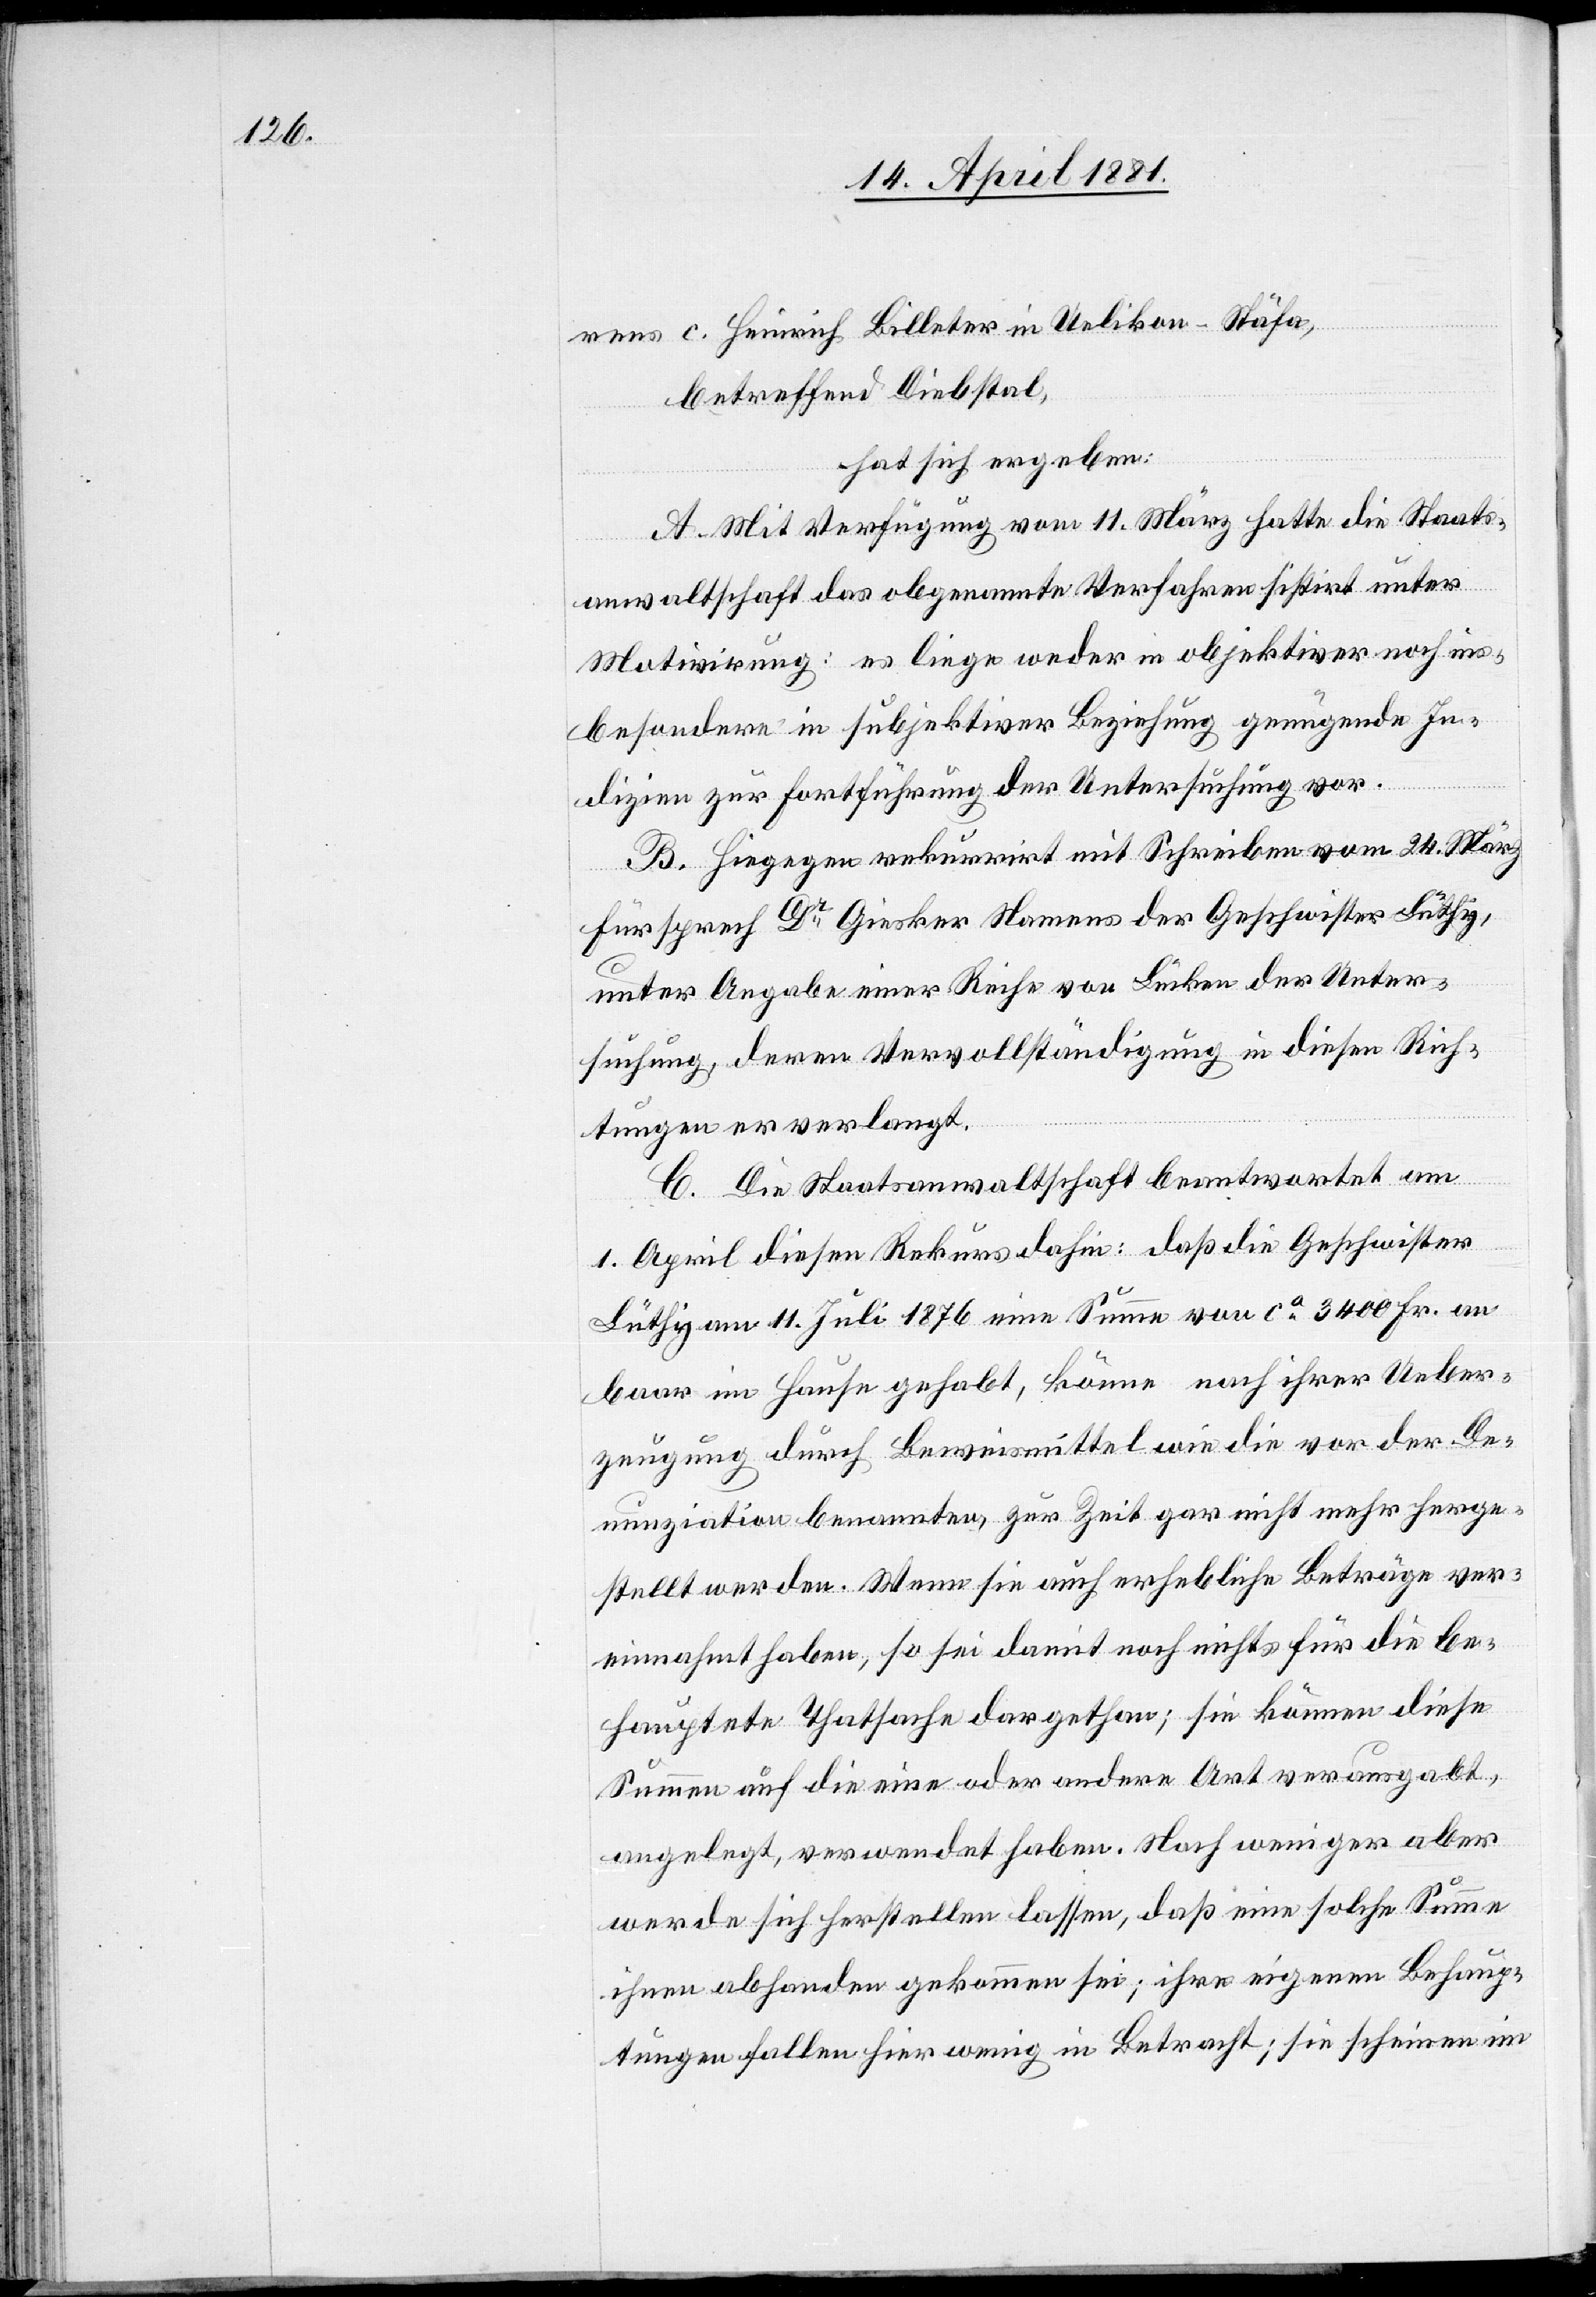
rens c. Heinrich Billeter in Uelikon-Stäfa,
betreffend Diebstahl,
hat sich ergeben:
A. Mit Verfügung vom 11. März hatte die Staats¬
anwaltschaft das obgenannte Verfahren sistirt unter
Motivirung: es liege weder in objektiver noch ins¬
besondere in subjektiver Beziehung genügend In¬
dizien zur Fortführung der Untersuchung vor.
B. Hiegegen rekurrirt mit Schreiben vom 24. März
Fürsprech Dr Giesker Namens der Geschwister Lüthy,
unter Angabe einer Reihe von Lücken der Unter¬
suchung, deren Vervollständigung in diesen Rich¬
tungen er verlangt.
C. Die Staatsanwaltschaft beantwortet am
1. April diesen Rekurs dahin: daß die Geschwister
Lüthy am 11. Juli 1876 eine Summe von ca 3400 Fr. an
Baar im Hause gehabt, könne nach ihrer Ueber¬
zeugung durch Beweismittel wie die vor der De¬
nunziation benannten, zur Zeit gar nicht mehr herge¬
stellt werden. Wenn sie auch erhebliche Beträge ver¬
einnahmt haben, so sei damit noch nicht für die be¬
hauptete Thatsache dargethan; sie können diese
Summe auf die eine oder andere Art verausgabt,
angelegt, verwendet haben. Noch weniger aber
werde sich herstellen lassen, daß eine solche Summe
ihnen abhanden gekommen sei; ihre eigenen Behaup¬
tungen fallen hier wenig in Betracht; sie scheinen im